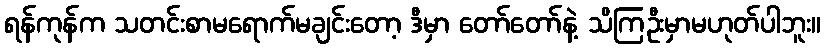
ရန်ကုန်က သတင်းစာမရောက်မချင်းတော့ ဒီမှာ တော်တော်နဲ့ သိကြဦးမှာမဟုတ်ပါဘူး။